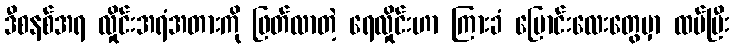
ဒီစနစ်အရ လှိုင်းအရံအတားကို ဖြတ်လာတဲ့ ရေလှိုင်းဟာ ကြားခံ မြောင်းလေးတွေမှာ ထပ်ပြီး